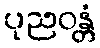
ပုညဝန္တံ